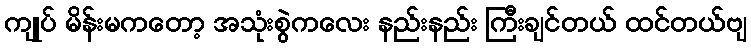
ကျုပ် မိန်းမကတော့ အသုံးစွဲကလေး နည်းနည်း ကြီးချင်တယ် ထင်တယ်ဗျ